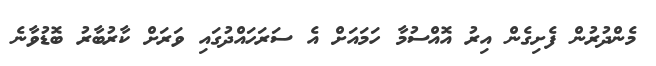
މެންދުރުން ފެށިގެން އިރު އޮއްސުމާ ހަމައަށް އެ ސަރަހައްދުގައި ވަރަށް ކާރުބާރު ބޮޑުވާނެ